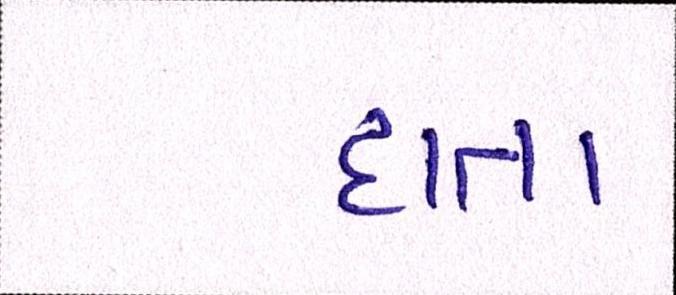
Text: દાતા